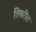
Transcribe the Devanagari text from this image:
तिबरीत